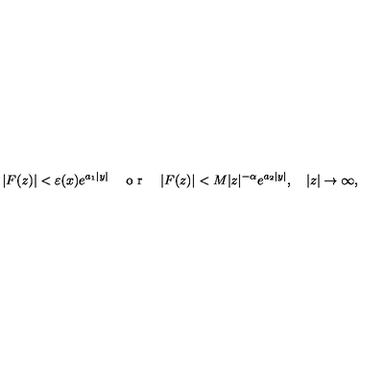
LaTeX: \vert F ( z ) \vert < \varepsilon ( x ) e ^ { a _ { 1 } \vert y \vert } \quad \textrm { o r } \quad \vert F ( z ) \vert < M \vert z \vert ^ { - \alpha } e ^ { a _ { 2 } \vert y \vert } , \quad \vert z \vert \to \infty ,